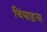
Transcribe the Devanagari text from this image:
चिंघाड़ना